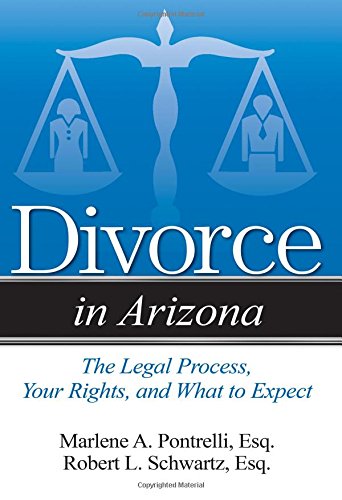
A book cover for Divorce in Arizona: The Legal Process, Your Rights, and What to Expect; Marlene A. Pontrelli  Esq.; Law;